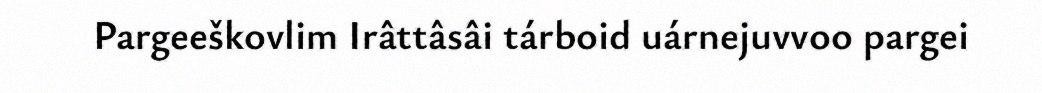
Pargeeškovlim Irâttâsâi tárboid uárnejuvvoo pargei